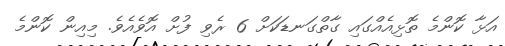
އަޅާ ކޮންމެ ތޮޅިއެއްގައި ގާތްގަނޑަކަށް 6 ރެވި ފުށް އޮވެއެވެ. މިއިން ކޮންމެ